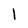
Character: l